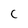
Character: C